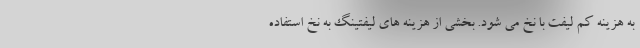
به هزینه کم لیفت با نخ می شود. بخشی از هزینه های لیفتینگ به نخ استفاده